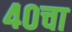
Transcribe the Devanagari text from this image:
४०चा